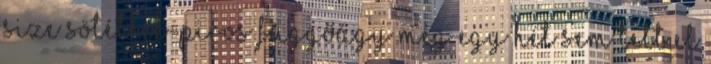
Size sötétkék-piros függőágy Még egy hét sem telt el